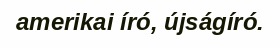
amerikai író, újságíró.